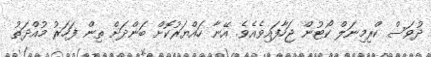
ދުވަސް ކްރިމިނަލް ކޯޓުން ޖަހާފައިވެއެވެ. އޭނާ ހައްޔަރުކޮށް ބަންދަށް ތިން ފަހަރު މުއްދަތު